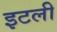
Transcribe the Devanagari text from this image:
इटली